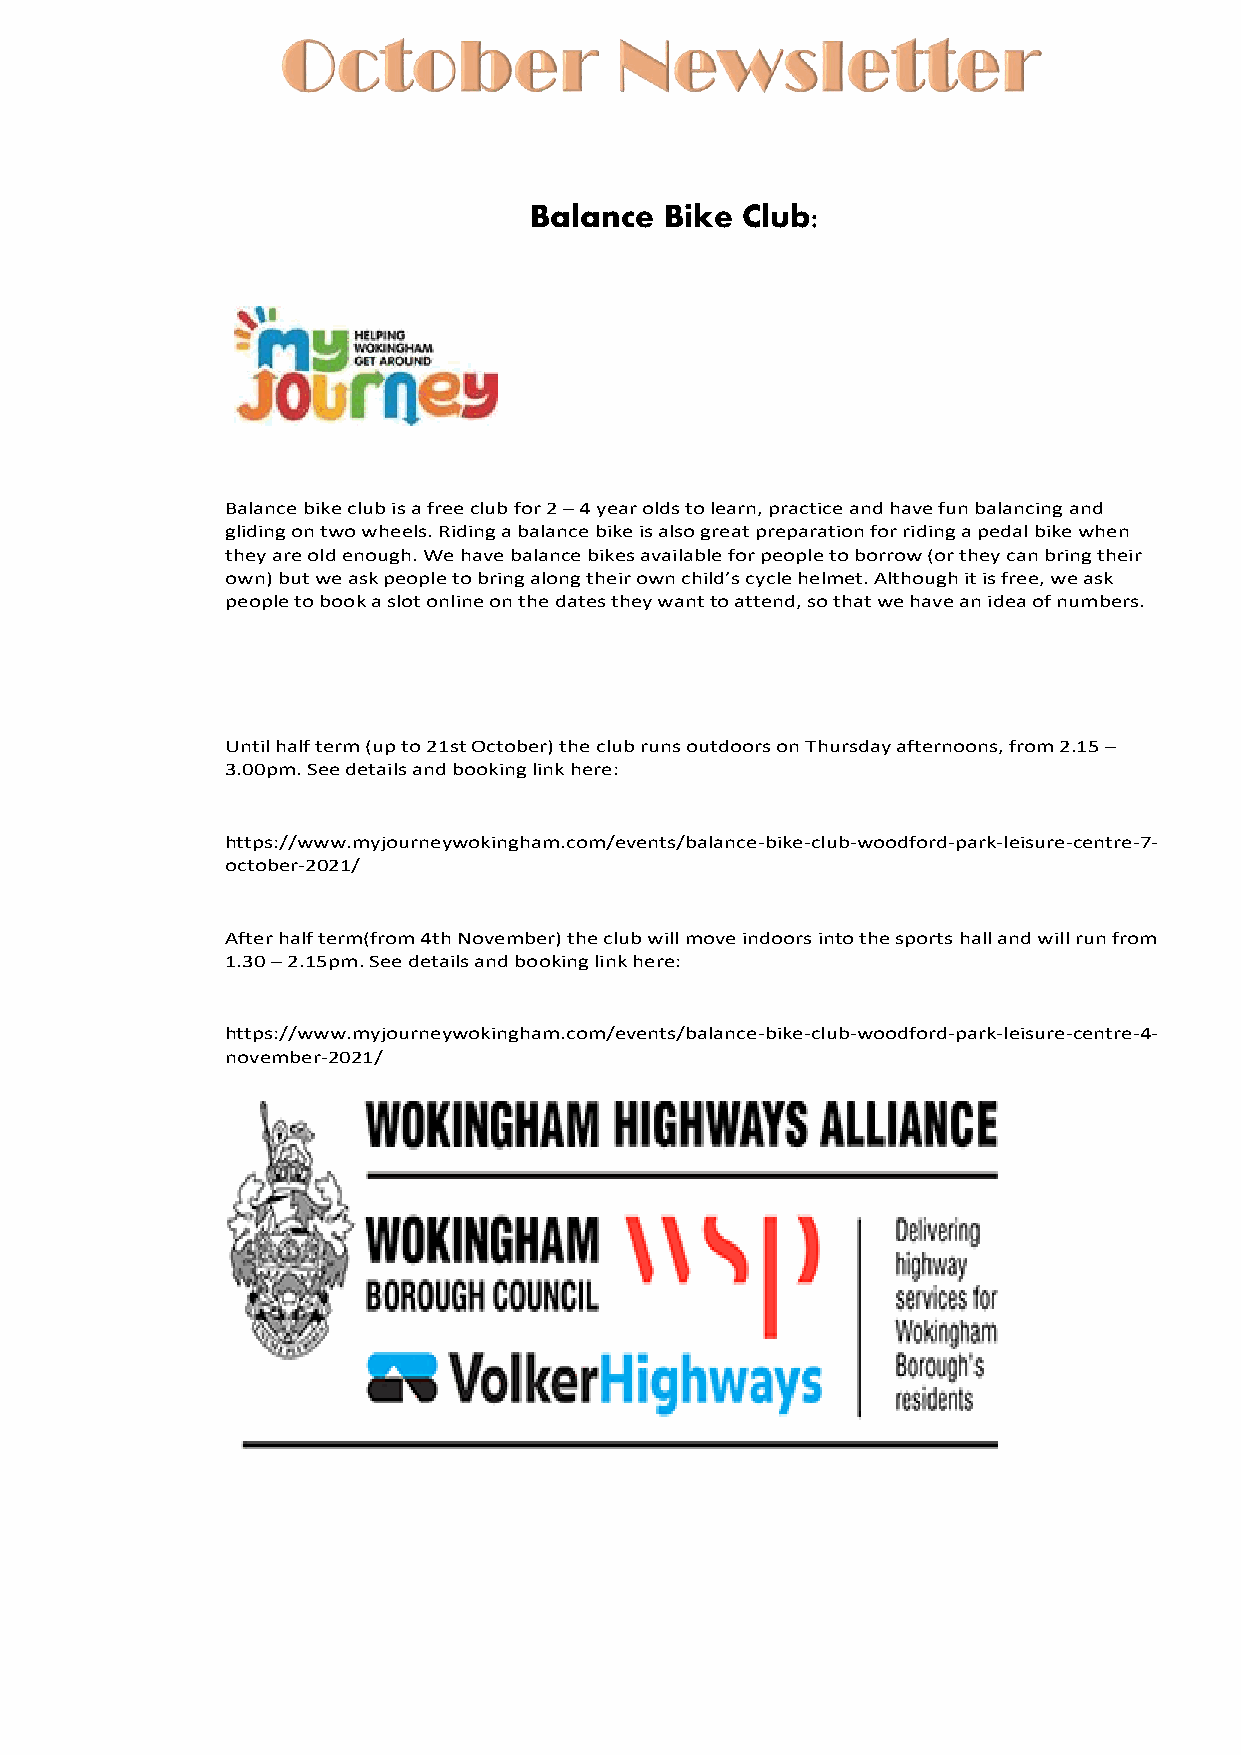
Balance  Bike Club:
 B a la n c e b ik e c lu b is a f r e e c lu b f o r 2 – 4 y e a r o ld s t o le a r n , p r a c t ic e a n d h a v e f u n b a la n c in g a n d
 g lid in g o n t w o w h e e ls . R id in g a b a la n c e b ik e is a ls o g r e a t p r e p a r a t io n f o r r id in g a p e d a l b ik e w h e n
 t h e y a r e o ld e n o u g h . W e h a v e b a la n c e b ik e s a v a ila b le f o r p e o p le t o b o r r o w ( o r t h e y c a n b r in g t h e ir
 o w n ) b u t w e a s k p e o p le t o b r in g a lo n g t h e ir o w n c h ild ’s c y c le h e lm e t . A lt h o u g h it is f r e e , w e a s k
 p e o p le t o b o o k a s lo t o n lin e o n t h e d a t e s t h e y w a n t t o a t t e n d , s o t h a t w e h a v e a n id e a o f n u m b e r s .
 U n t il h a lf t e r m ( u p t o 2 1 s t O c t o b e r ) t h e c lu b r u n s o u t d o o r s o n T h u r s d a y a f t e r n o o n s , f r o m 2 .1 5 –
 3 .0 0 p m . S e e d e t a ils a n d b o o k in g lin k h e r e :
 h t t p s :/ / w w w .m y jo u r n e y w o k in g h a m .c o m / e v e n t s / b a la n c e - b ik e - c lu b - w o o d f o r d - p a r k - le is u r e - c e n t r e - 7 -o
 c t o b e r - 2 0 2 1 /
 A f t e r h a lf t e r m ( f r o m 4 t h N o v e m b e r ) t h e c lu b w ill m o v e in d o o r s in t o t h e s p o r t s h a ll a n d w ill r u n f r o m
 1 .3 0 – 2 .1 5 p m . S e e d e t a ils a n d b o o k in g lin k h e r e :
 h t t p s :/ / w w w .m y jo u r n e y w o k in g h a m .c o m / e v e n t s / b a la n c e - b ik e - c lu b - w o o d f o r d - p a r k - le is u r e - c e n t r e - 4 -n
 o v e m b e r - 2 0 2 1 /